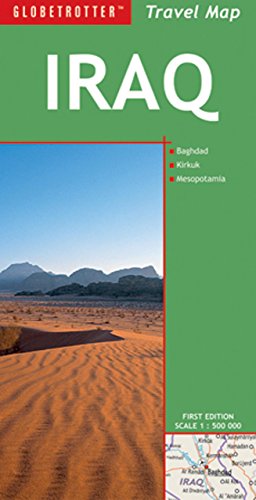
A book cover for Travel Map Iraq (Globetrotter Travel Map); Globetrotter; Travel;